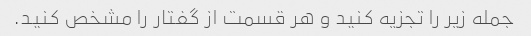
جمله زیر را تجزیه کنید و هر قسمت از گفتار را مشخص کنید.